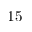
1 5